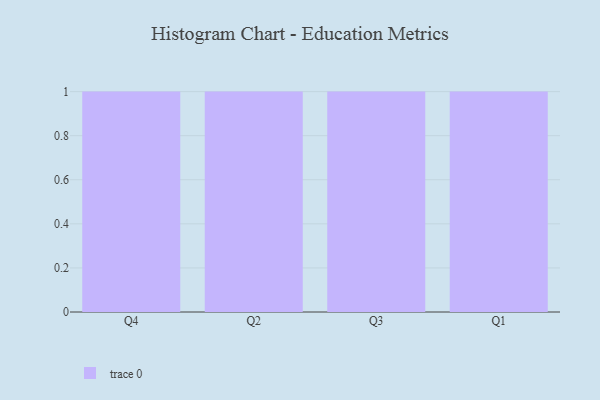
{"axis": {"x": "Quarter", "y": "Waste Production (Tons)"}, "legend": [""], "data": [{"x": "Q4", "y": 30, "type": ""}, {"x": "Q2", "y": 22, "type": ""}, {"x": "Q3", "y": 43, "type": ""}, {"x": "Q1", "y": 59, "type": ""}]}